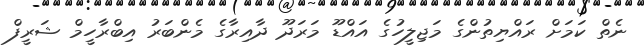
ނެތް ކަމަށް ރައްޔިތުންގެ މަޖިލީހުގެ އައްޑޫ މަރަދޫ ދާއިރާގެ މެންބަރު އިބްރާހީމް ޝަރީފް